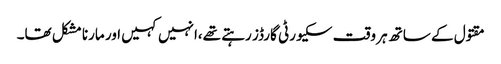
مقتول کے ساتھ ہر وقت سکیورٹی گارڈز رہتے تھے،انہیں کہیں اور مارنا مشکل تھا۔